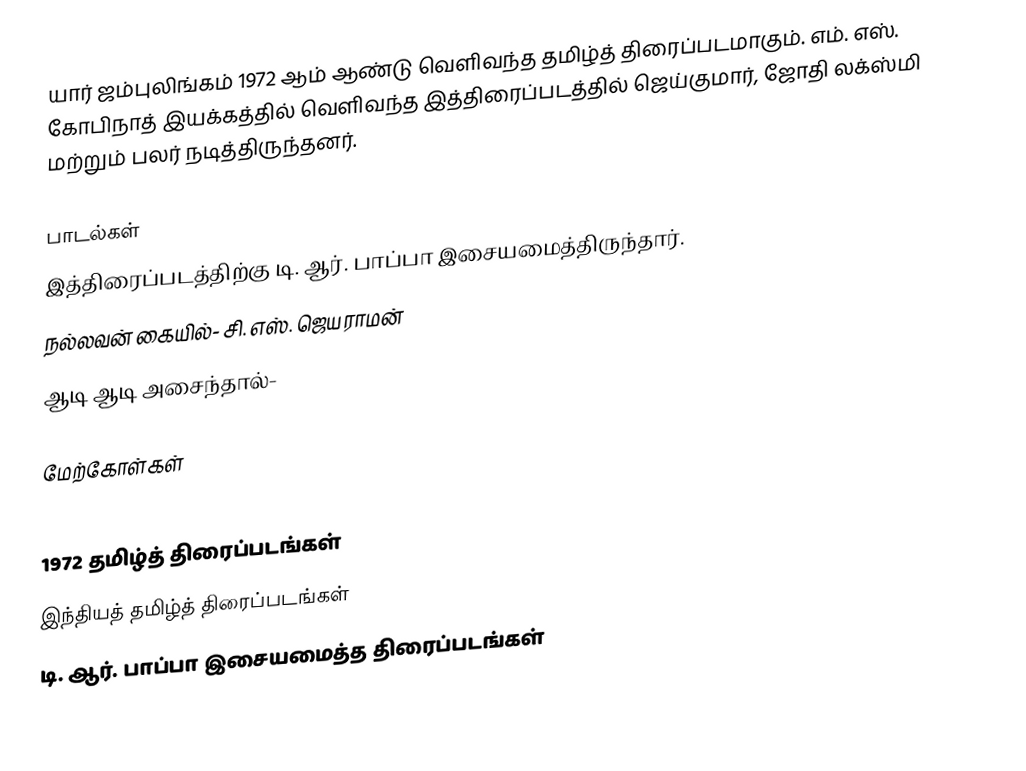
யார் ஜம்புலிங்கம் 1972 ஆம் ஆண்டு வெளிவந்த தமிழ்த் திரைப்படமாகும். எம். எஸ். கோபிநாத் இயக்கத்தில் வெளிவந்த இத்திரைப்படத்தில் ஜெய்குமார், ஜோதி லக்ஸ்மி மற்றும் பலர் நடித்திருந்தனர்.

பாடல்கள்
இத்திரைப்படத்திற்கு டி. ஆர். பாப்பா இசையமைத்திருந்தார்.
 நல்லவன் கையில்- சி. எஸ். ஜெயராமன்
 ஆடி ஆடி அசைந்தால்-

மேற்கோள்கள்

1972 தமிழ்த் திரைப்படங்கள்
இந்தியத் தமிழ்த் திரைப்படங்கள்
டி. ஆர். பாப்பா இசையமைத்த திரைப்படங்கள்